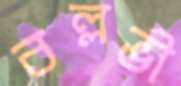
বল্লভী